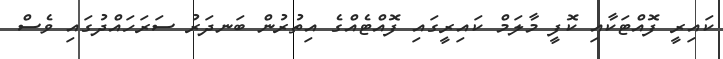
ކައިރީ ފޮއްޓަކާއި ކޮފީ މާލަމް ކައިރީގައި ފޮއްޓެއްގެ އިތުރުން ބަނދަރު ސަރަހައްދުގައި ވެސް